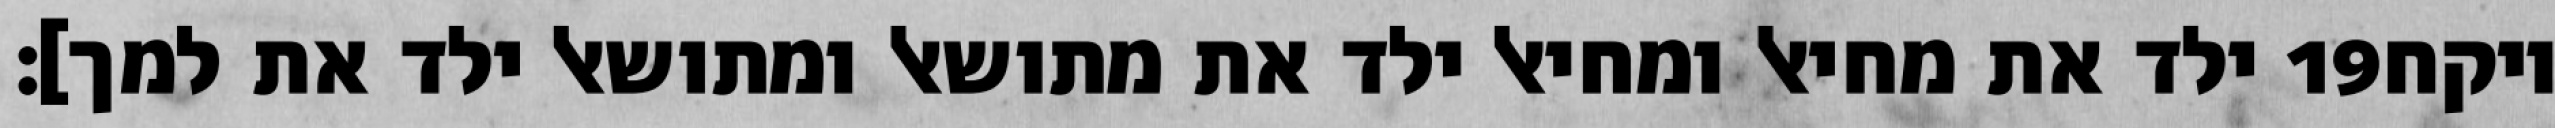
ילד את מחיאל ומחיאל ילד את מתושאל ומתושאל ילד את למך]׃ ‎19‏ ויקח